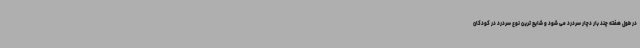
در طول هفته چند بار دچار سردرد می شود و شایع ترین نوع سردرد در کودکان